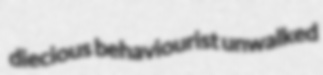
diecious behaviourist unwalked